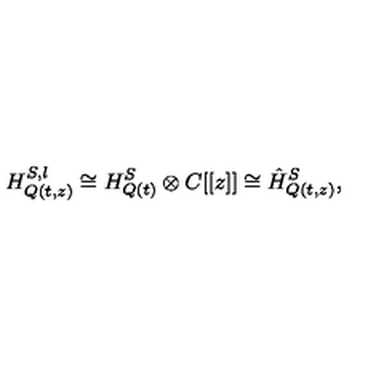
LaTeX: H _ { Q ( t , z ) } ^ { S , l } \cong H _ { Q ( t ) } ^ { S } \otimes C [ [ z ] ] \cong \hat { H } _ { Q ( t , z ) } ^ { S } ,